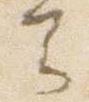
云